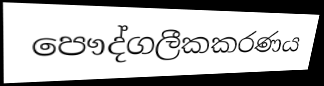
පෞද්ගලීකකරණය